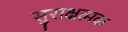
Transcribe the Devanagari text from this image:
सुराक्षत्मक